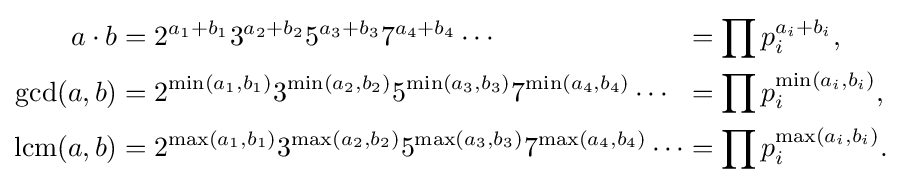
{\begin{alignedat}{2}a\cdot b&=2^{a_{1}+b_{1}}3^{a_{2}+b_{2}}5^{a_{3}+b_{3}}7^{a_{4}+b_{4}}\cdots &&=\prod p_{i}^{a_{i}+b_{i}},\\\gcd(a,b)&=2^{\min(a_{1},b_{1})}3^{\min(a_{2},b_{2})}5^{\min(a_{3},b_{3})}7^{\min(a_{4},b_{4})}\cdots &&=\prod p_{i}^{\min(a_{i},b_{i})},\\\operatorname {lcm} (a,b)&=2^{\max(a_{1},b_{1})}3^{\max(a_{2},b_{2})}5^{\max(a_{3},b_{3})}7^{\max(a_{4},b_{4})}\cdots &&=\prod p_{i}^{\max(a_{i},b_{i})}.\end{alignedat}}